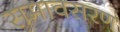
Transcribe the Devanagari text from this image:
समावसरण